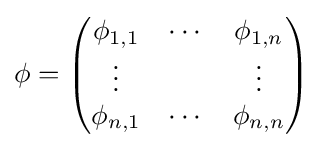
\phi ={\begin{pmatrix}\phi _{1,1}&\cdots &\phi _{1,n}\\\vdots &&\vdots \\\phi _{n,1}&\cdots &\phi _{n,n}\end{pmatrix}}